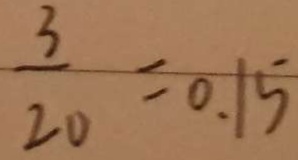
\frac { 3 } { 2 0 } = 0 . 1 5